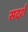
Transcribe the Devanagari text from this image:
सदर्श